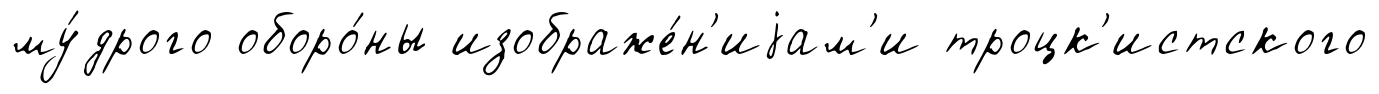
му́дрого оборо́ны изображе́н'иjам'и троцк'истского